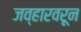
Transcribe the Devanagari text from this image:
जव्हारवरून